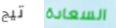
تيج السعادة